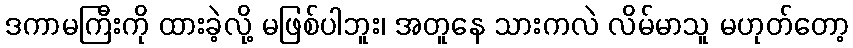
ဒကာမကြီးကို ထားခဲ့လို့ မဖြစ်ပါဘူး၊ အတူနေ သားကလဲ လိမ်မာသူ မဟုတ်တော့